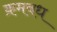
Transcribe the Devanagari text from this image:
क्रमबध